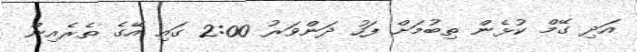
އަދި ގޭމް ކުޅެން ތިބުމަށް ފަހު ދަންވަރު 2:00 ގައި އޭގެ ތެރެއިން